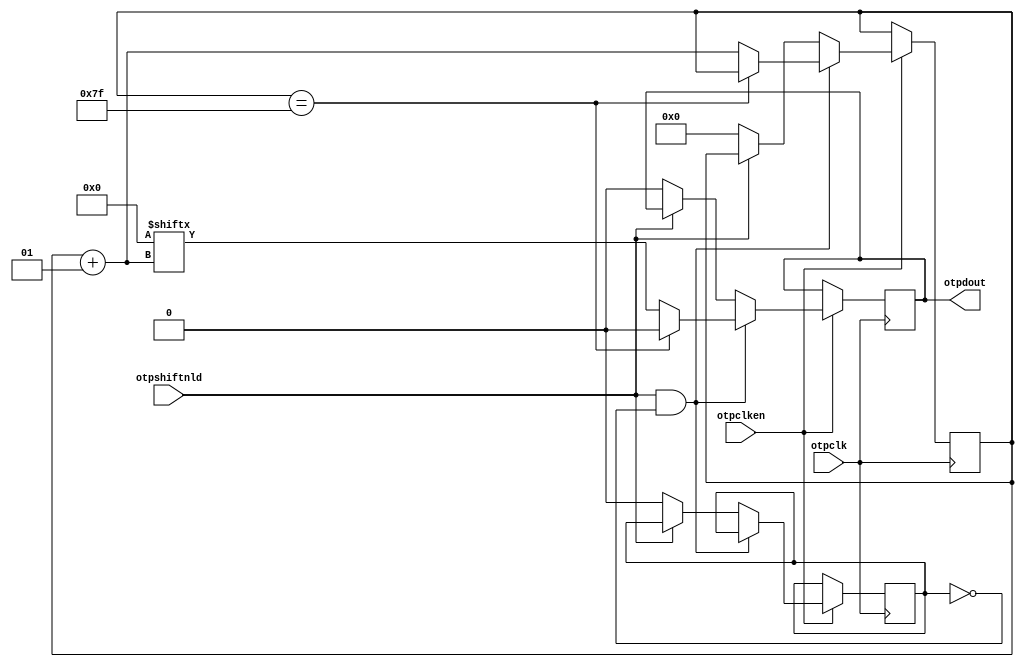
module hardcopyiii_otp (
    otpclken,
    otpclk,
    otpshiftnld,
    otpdout
);
//PARAMETER
parameter data_width = 128;
parameter lpm_file = "init_file.hex";
parameter lpm_type = "hardcopyiii_otp";
parameter lpm_hint = "true";
parameter init_data = 128'h0;
//Input Ports Declaration
input otpclken;
input otpclk;
input otpshiftnld;
//Output Ports Declaration
output otpdout;
//Internal Signals
reg otpdout_tmp;
reg viol_notifier;
reg first_use;
integer prev_loc;
integer current_loc;
wire reset;
specify
    $setup  (otpshiftnld, negedge otpclk &&& reset, 0, viol_notifier);
    $hold   (negedge otpclk &&& reset, otpshiftnld, 0, viol_notifier);
    (otpshiftnld *> otpdout) = (0,0);
endspecify
initial
begin
    prev_loc = -1;
    current_loc = 0;
    otpdout_tmp = 1'b0;
    first_use = 1'b1;
end
assign otpdout = otpdout_tmp;
always @(prev_loc)
begin
    current_loc = prev_loc + 1;
end
always @(posedge otpclk)
begin
    // operation only if clock enable is high
    if(otpclken == 1'b1)
    begin
        // shift data
        if (otpshiftnld == 1'b1 && first_use == 1'b0)
        begin
            // shifting out '0' if otp_clken and otp_shiftnld is high beyond 128 clock cycles
            if (prev_loc == 127)
            begin
                otpdout_tmp <= 1'b0;
            end
            // shifting out the data bit by bit
            else
            begin
                otpdout_tmp <= init_data[current_loc];
                prev_loc <= current_loc;
            end
        end
        // load data
        else if (otpshiftnld == 1'b0)
        begin
            otpdout_tmp <= init_data[0];
            first_use <= 1'b0;
            prev_loc <= 0;
        end
    end
end
endmodule